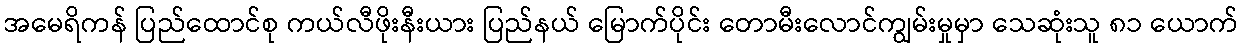
အမေရိကန် ပြည်ထောင်စု ကယ်လီဖိုးနီးယား ပြည်နယ် မြောက်ပိုင်း တောမီးလောင်ကျွမ်းမှုမှာ သေဆုံးသူ ၈၁ ယောက်